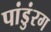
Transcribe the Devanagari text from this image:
पांडुंरग